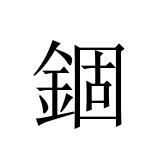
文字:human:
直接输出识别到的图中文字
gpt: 錮